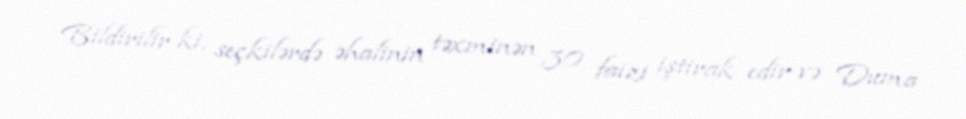
Bildirilir ki, seçkilərdə əhalinin təxminən 30 faizi iştirak edir və Duma